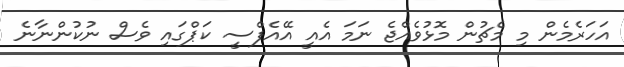
އަހަރެމެން މި މެޗުން މޮޅުވެއްޖެ ނަމަ އެއީ އޭއެފްސީ ކަޕްގައި ވެސް ނުކުންނާނެ